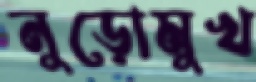
নুড়োমুখ